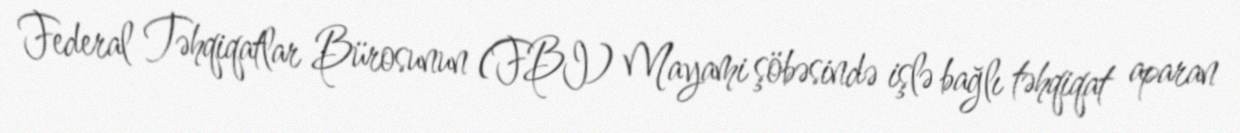
Federal Təhqiqatlar Bürosunun (FBI) Mayami şöbəsində işlə bağlı təhqiqat aparan